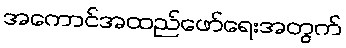
အကောင်အထည်ဖော်ရေးအတွက်